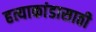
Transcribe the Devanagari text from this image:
हत्याकांडासाठी